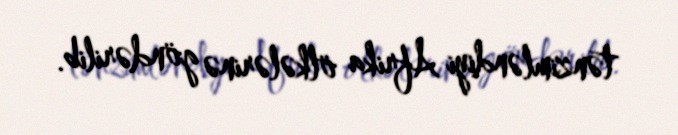
tənzimləndiyi Afrika ölkələrinə göndərilib.